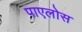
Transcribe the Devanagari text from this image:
पाएलोस